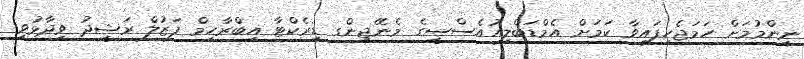
ނިންމުމަށް ހަމަޖެހިފައިވާ ކަމަށް އެމްޑަބްލިއުއެސްސީގެ މެނޭޖިންގ ޑިރެކްޓާ އިބްރާހިމް ފަޒުލް ރަޝީދު ވިދާޅުވި